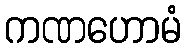
ကဏဟောမံ